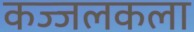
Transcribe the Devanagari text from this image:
कज्जलकला